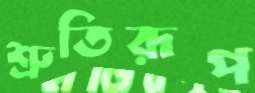
শ্রুতিরূপ